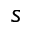
s